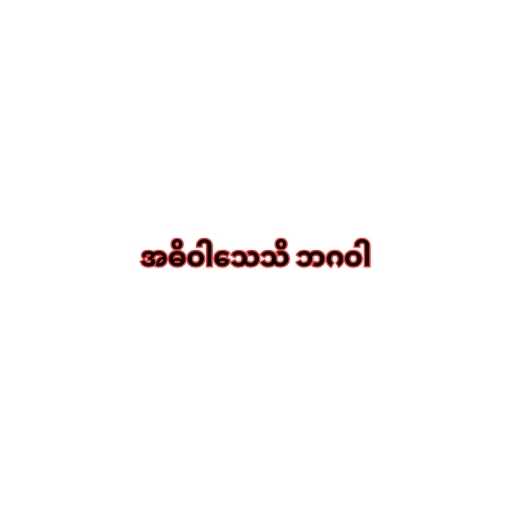
အဓိဝါသေသိ ဘဂဝါ